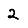
Digit: 2